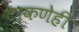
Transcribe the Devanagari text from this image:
टाकणेही